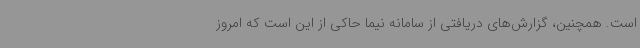
است. همچنین، گزارش‌های دریافتی از سامانه نیما حاکی از این است که امروز